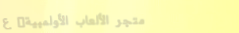
متجر الألعاب الأولمبية: ع